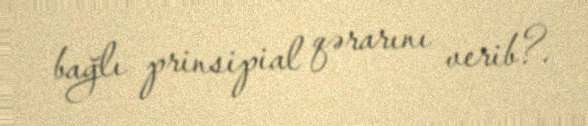
bağlı prinsipial qərarını verib?.